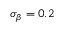
\sigma _ { \beta } = 0 . 2